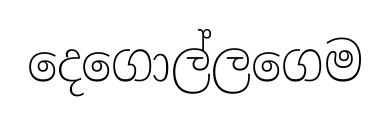
දෙගොල්ලගෙම